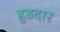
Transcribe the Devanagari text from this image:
हुडदार